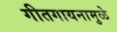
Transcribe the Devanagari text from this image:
गीतगायनामुळे